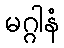
မဂ္ဂါနံ